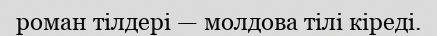
роман тілдері — молдова тілі кіреді.